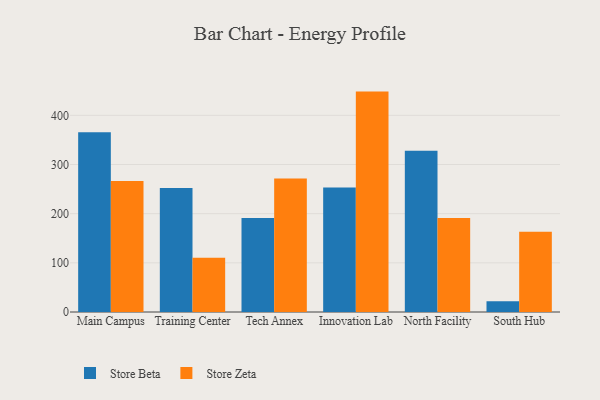
{"axis": {"x": "Campus", "y": "Humidity (%)"}, "legend": ["Store Beta", "Store Zeta"], "data": [{"x": "Main Campus", "y": 365.6, "type": "Store Beta"}, {"x": "Main Campus", "y": 266.4, "type": "Store Zeta"}, {"x": "Training Center", "y": 252.4, "type": "Store Beta"}, {"x": "Training Center", "y": 110.4, "type": "Store Zeta"}, {"x": "Tech Annex", "y": 191.4, "type": "Store Beta"}, {"x": "Tech Annex", "y": 271.5, "type": "Store Zeta"}, {"x": "Innovation Lab", "y": 253.1, "type": "Store Beta"}, {"x": "Innovation Lab", "y": 448.3, "type": "Store Zeta"}, {"x": "North Facility", "y": 328.0, "type": "Store Beta"}, {"x": "North Facility", "y": 191.2, "type": "Store Zeta"}, {"x": "South Hub", "y": 22.0, "type": "Store Beta"}, {"x": "South Hub", "y": 163.1, "type": "Store Zeta"}]}